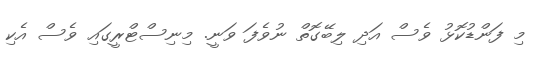
މި ފަންޑުކޮޅު ވެސް އަދި ލިބޭގޮތް ނުވެފަ ވަނީ. މިނިސްޓްރީގައި ވެސް އެކި